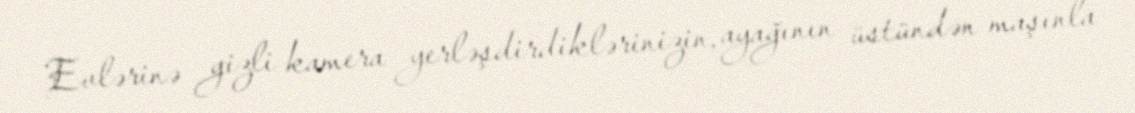
Evlərinə gizli kamera yerləşdirdiklərinizin, ayağının üstündən maşınla